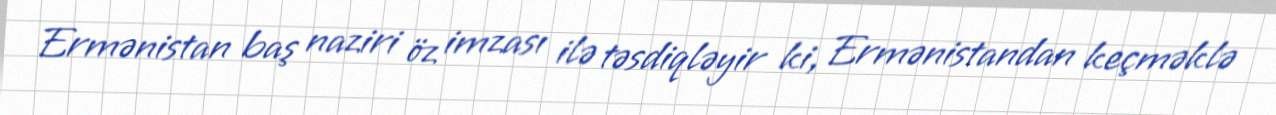
Ermənistan baş naziri öz imzası ilə təsdiqləyir ki, Ermənistandan keçməklə